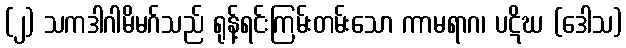
(၂) သကဒါဂါမိမဂ်သည် ရုန့်ရင်းကြမ်းတမ်းသော ကာမရာဂ၊ ပဋိဃ (ဒေါသ)